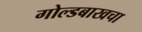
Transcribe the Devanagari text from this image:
गोल्डबाखचा